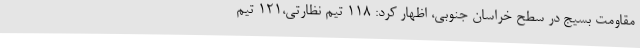
مقاومت بسیج در سطح خراسان جنوبی، اظهار کرد: 118 تیم نظارتی،121 تیم